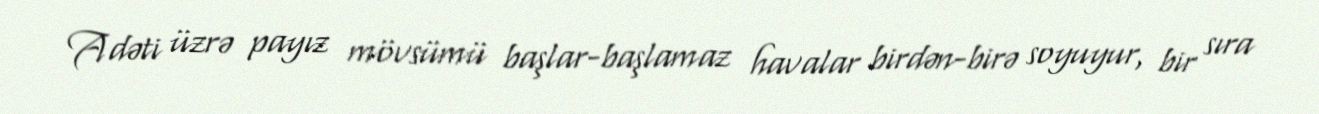
Adəti üzrə payız mövsümü başlar-başlamaz havalar birdən-birə soyuyur, bir sıra